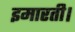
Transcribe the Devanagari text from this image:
इमारती।